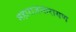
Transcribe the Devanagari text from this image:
महाराजनारायण